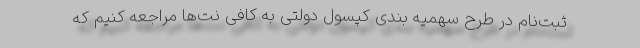
ثبت‌نام در طرح سهمیه بندی کپسول دولتی به کافی نت‌ها مراجعه کنیم که